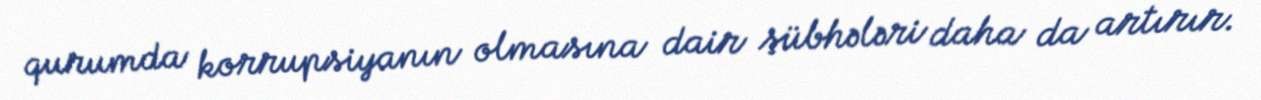
qurumda korrupsiyanın olmasına dair şübhələri daha da artırır.